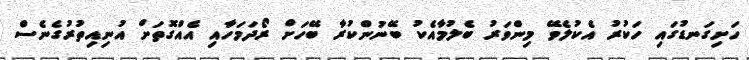
ހަށިގަނޑުގައި ހަކުރު އެކުލެވޭ މިންވަރު ބެލުމާއެކު ބޭނުންކުރާ ބޭހަށް ރޯދަމަހާއި އެއްގޮތަށް އުނިއިތުރުގެނެސް